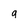
Character: q